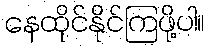
နေထိုင်နိုင်ကြဖို့ပါ။